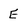
Character: E